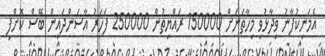
އެމަނިކުފާނު ވިދާޅުވި މިހާތަނަށް 150000 ރައްޔިތުން 250000 ފަހަރު އާސަންދައިން ބޭސް ކޮށްފި